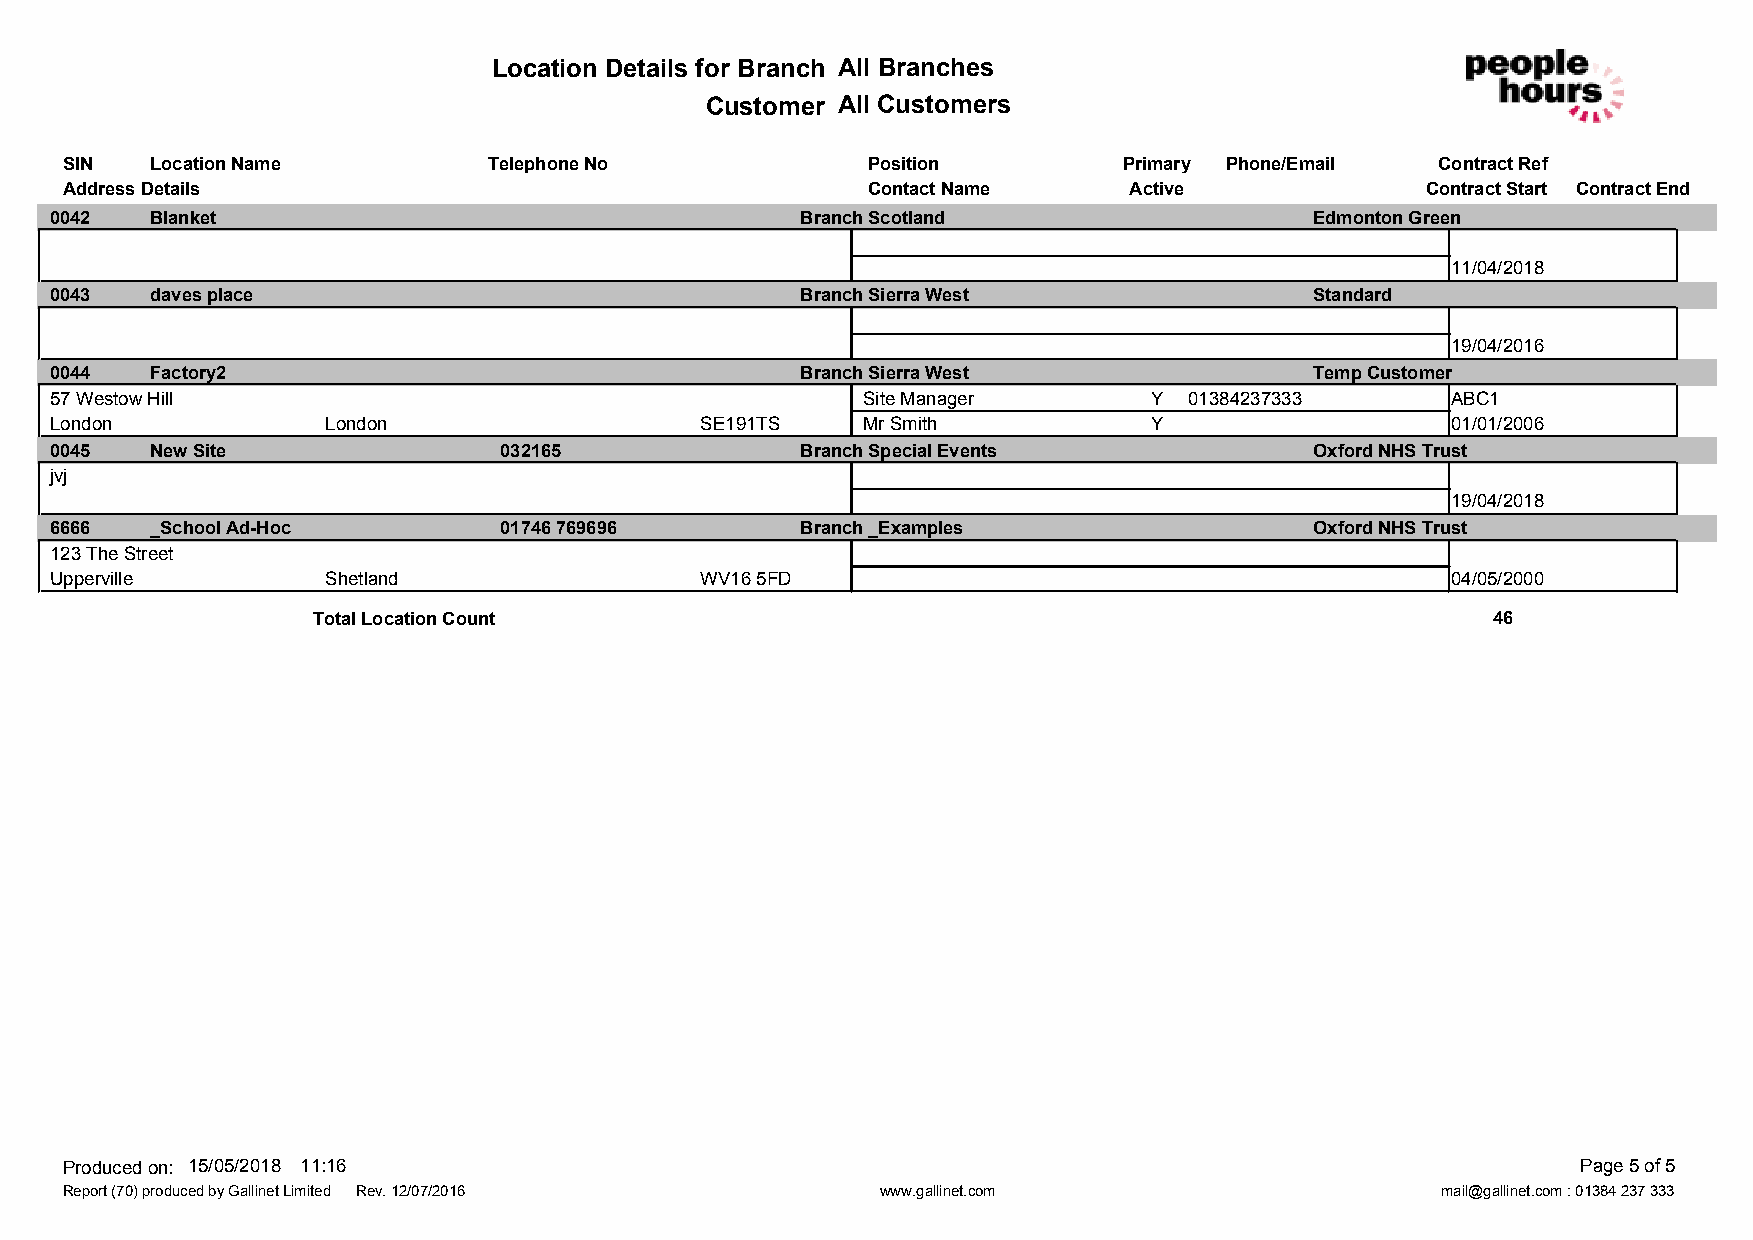
Location Details for Branch All Branches
 Customer All Customers
 SIN   Location Name         Telephone No             Position         Primary Phone/Email  Contract Ref
 Address Details                                      Contact Name      Active             Contract Start Contract End
 0042   Blanket                                    Branch Scotland                   Edmonton Green
 11/04/2018
 0043   daves place                                Branch Sierra West                Standard
 19/04/2016
 0044   Factory2                                   Branch Sierra West                Temp Customer
 57 Westow Hill                                        Site Manager       Y  01384237333      ABC1
 London             London                  SE191TS    Mr Smith           Y                   01/01/2006
 0045   New Site               032165              Branch Special Events             Oxford NHS Trust
 jvj
 19/04/2018
 6666   _School Ad-Hoc         01746 769696        Branch _Examples                  Oxford NHS Trust
 123 The Street
 Upperville         Shetland                WV16 5FD                                          04/05/2000
 Total Location Count                                                          46
 Produced on: 15/05/2018 11:16                                                                        Page 5 of 5
 Report (70) produced by Gallinet Limited Rev. 12/07/2016 www.gallinet.com                  mail@gallinet.com : 01384 237 333